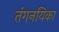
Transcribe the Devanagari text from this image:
तंगनयिका